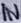
Text: IN